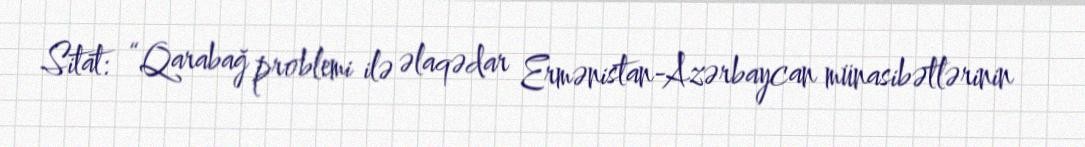
Sitat: “Qarabağ problemi ilə əlaqədar Ermənistan-Azərbaycan münasibətlərinin